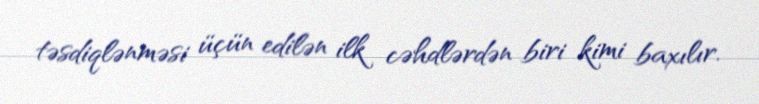
təsdiqlənməsi üçün edilən ilk cəhdlərdən biri kimi baxılır.